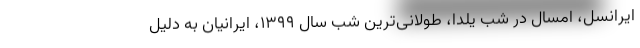
ایرانسل، امسال در شب یلدا، طولانی‌ترین شب سال ۱۳۹۹، ایرانیان به دلیل